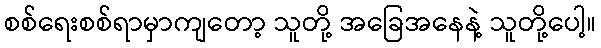
စစ်ရေးစစ်ရာမှာကျတော့ သူတို့ အခြေအနေနဲ့ သူတို့ပေါ့။